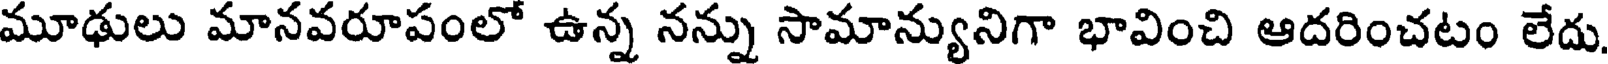
మూఢులు మానవరూపంలో ఉన్న నన్ను సామాన్యునిగా భావించి ఆదరించటం లేదు.